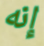
إنه